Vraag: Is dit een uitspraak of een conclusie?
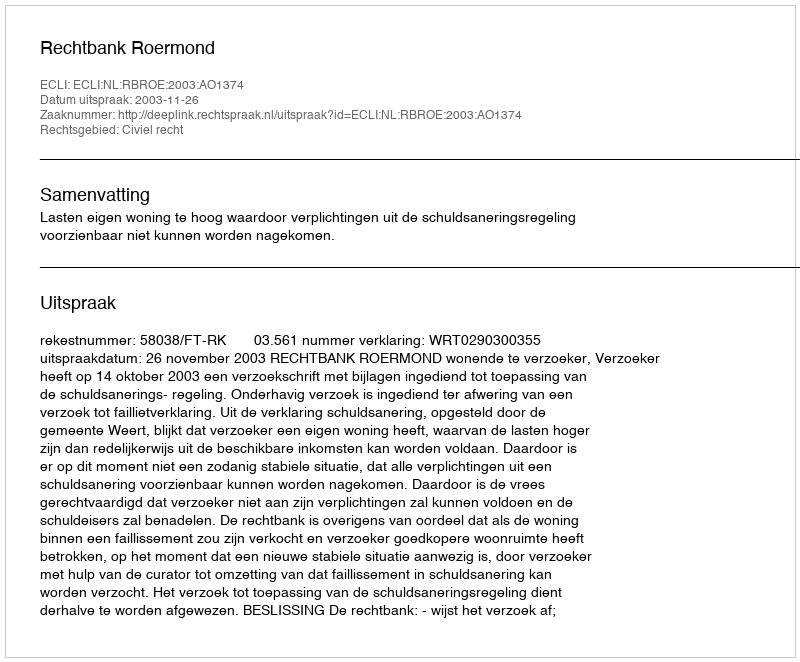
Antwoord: Uitspraak